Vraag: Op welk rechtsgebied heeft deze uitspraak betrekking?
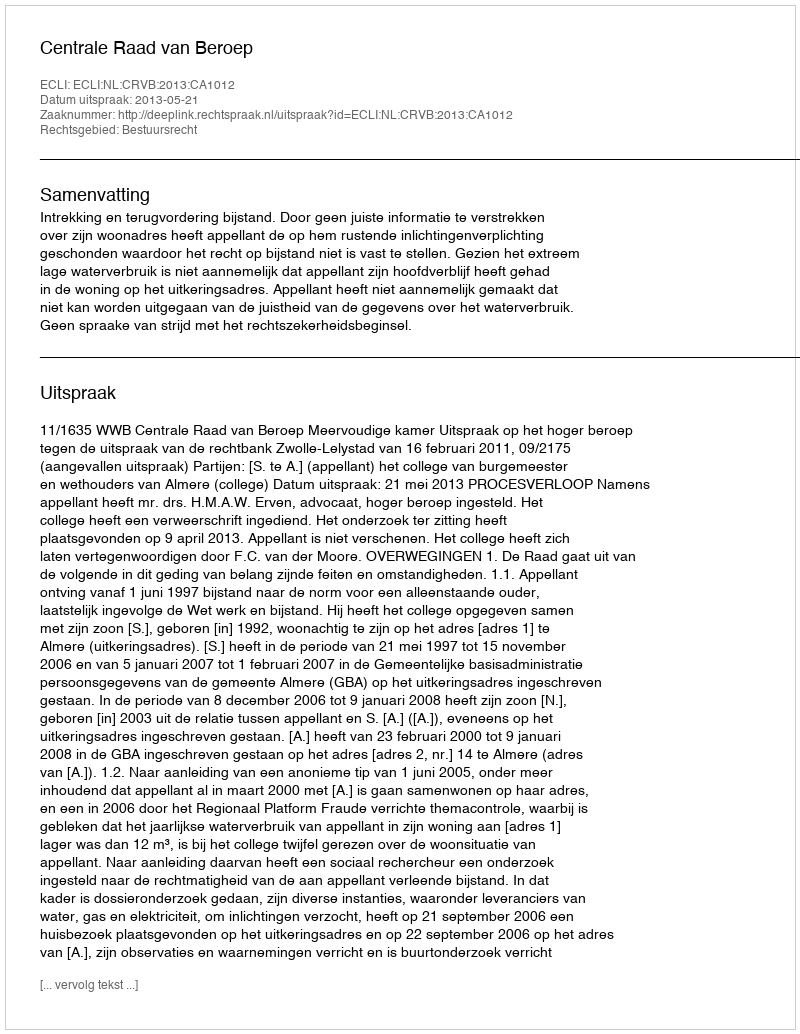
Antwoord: Bestuursrecht